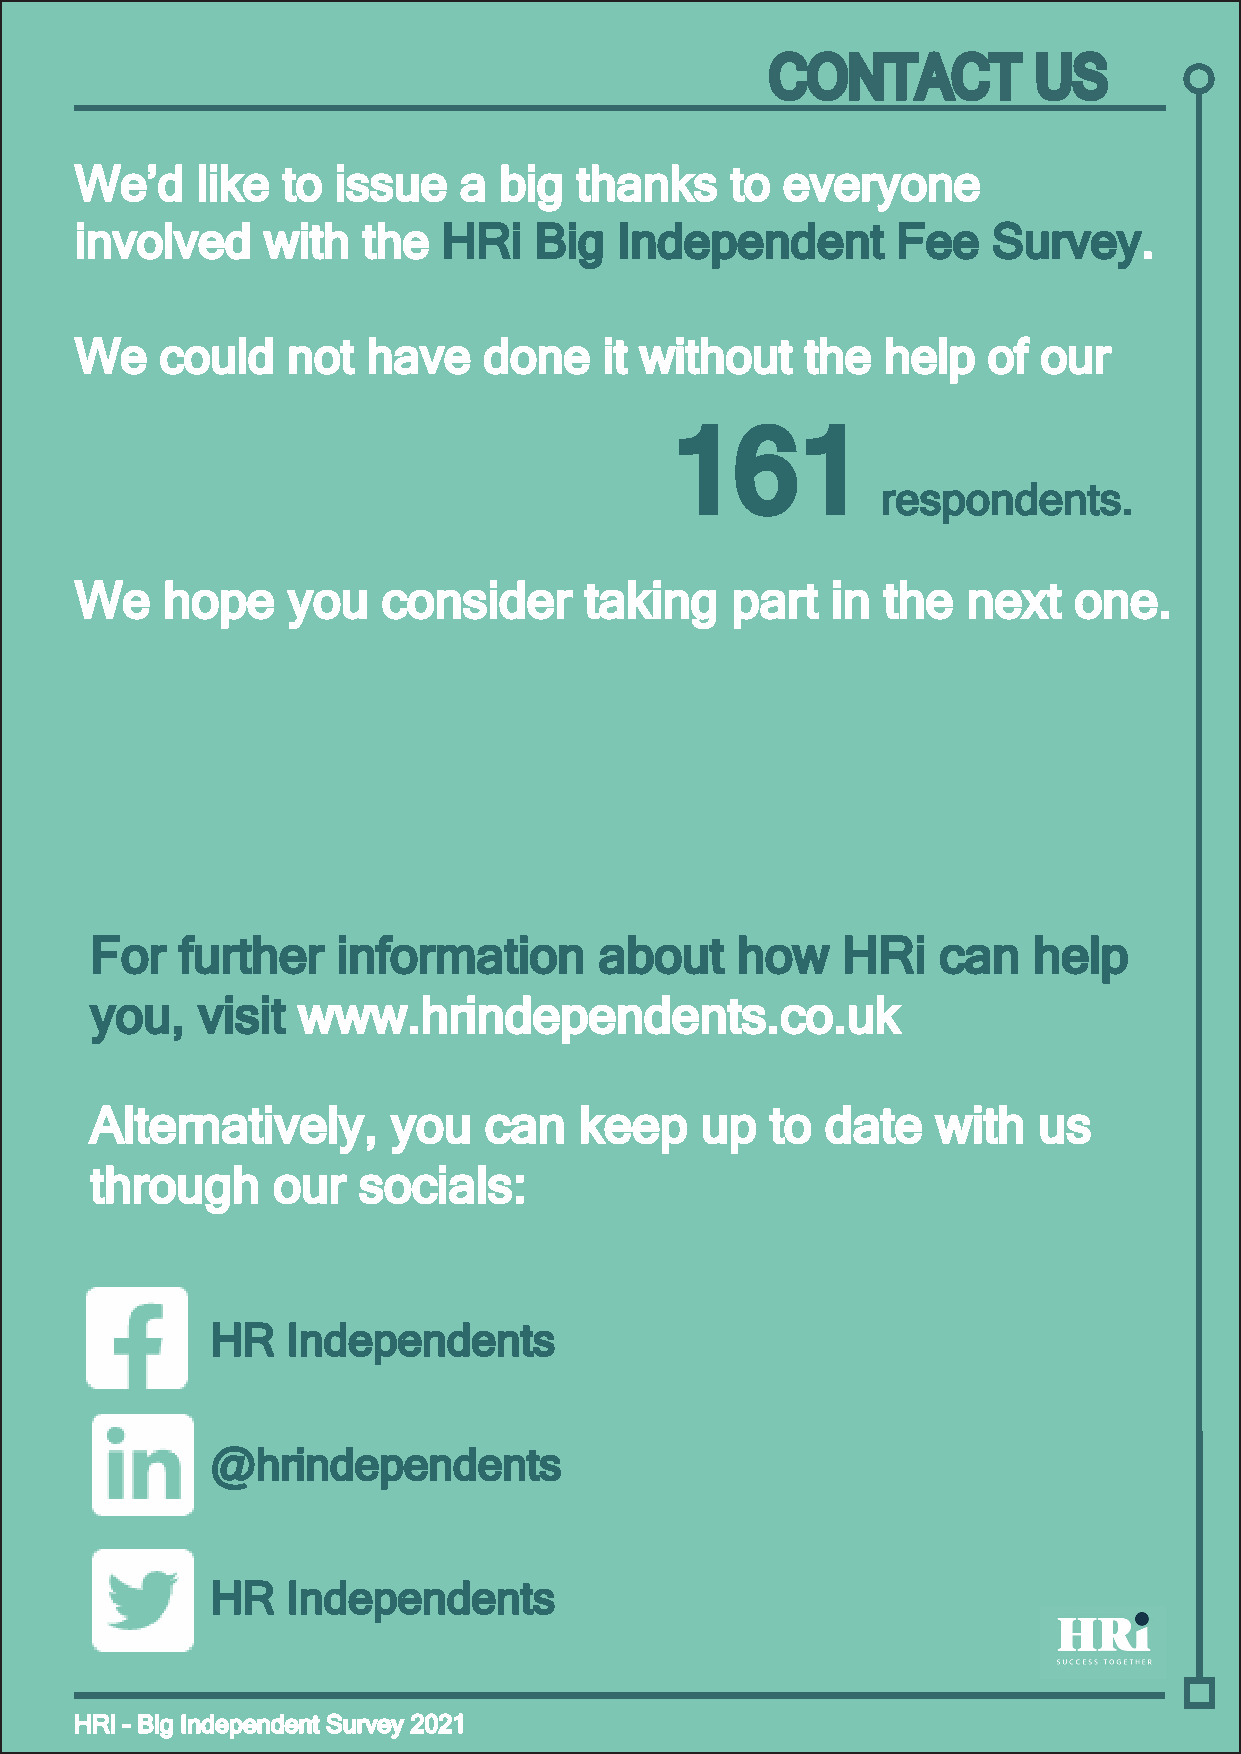
CONTACT          US
 WWee’’dd lliikkee ttoo iissssuuee aa bbiigg tthhaannkkss ttoo eevveerryyoonnee
 iinnvvoollvveedd wwiitthh tthhee HHRRii BBiigg IInnddeeppeennddeenntt FFeeee SSuurrvveeyy..
 WWee  ccoouulldd nnoott hhaavvee ddoonnee iitt wwiitthhoouutt tthhee hheellpp ooff oouurr
 116611
 rreessppoonnddeennttss..
 WWee  hhooppee yyoouu ccoonnssiiddeerr ttaakkiinngg ppaarrtt iinn tthhee nneexxtt oonnee..
 FFoorr ffuurrtthheerr iinnffoorrmmaattiioonn aabboouutt hhooww HHRRii ccaann hheellpp
 yyoouu,, vviissiitt wwwwww..hhrriinnddeeppeennddeennttss..ccoo..uukk
 AAlltteerrnnaattiivveellyy,, yyoouu ccaann kkeeeepp uupp ttoo ddaattee wwiitthh uuss
 tthhrroouugghh oouurr ssoocciiaallss::
 HHRR IInnddeeppeennddeennttss
 @@hhrriinnddeeppeennddeennttss
 HHRR IInnddeeppeennddeennttss
 HHRRii -- BBiigg IInnddeeppeennddeenntt SSuurrvveeyy 22002211